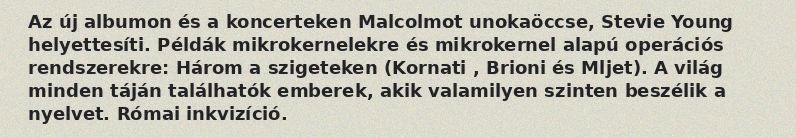
Az új albumon és a koncerteken Malcolmot unokaöccse, Stevie Young helyettesíti. Példák mikrokernelekre és mikrokernel alapú operációs rendszerekre: Három a szigeteken (Kornati , Brioni és Mljet). A világ minden táján találhatók emberek, akik valamilyen szinten beszélik a nyelvet. Római inkvizíció.